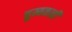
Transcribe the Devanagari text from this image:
चुम्बकत्वी